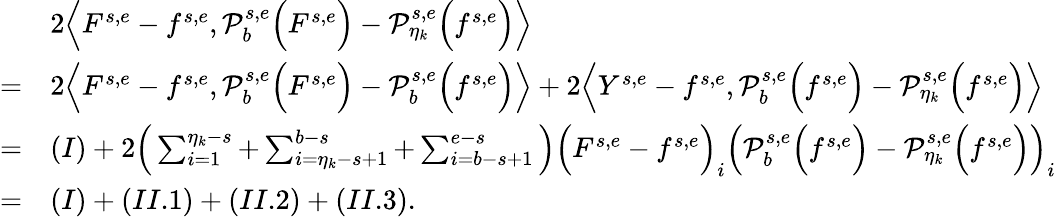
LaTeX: \begin{array}{rl}&{2\Big\langle F^{s,e}-f^{s,e},\mathcal{P}_{b}^{s,e}\Big(F^{s,e}\Big)-\mathcal{P}_{\eta_{k}}^{s,e}\Big(f^{s,e}\Big)\Big\rangle}\\ {=}&{2\Big\langle F^{s,e}-f^{s,e},\mathcal{P}_{b}^{s,e}\Big(F^{s,e}\Big)-\mathcal{P}_{b}^{s,e}\Big(f^{s,e}\Big)\Big\rangle+2\Big\langle Y^{s,e}-f^{s,e},\mathcal{P}_{b}^{s,e}\Big(f^{s,e}\Big)-\mathcal{P}_{\eta_{k}}^{s,e}\Big(f^{s,e}\Big)\Big\rangle}\\ {=}&{(I)+2\Big(\sum_{i=1}^{\eta_{k}-s}+\sum_{i=\eta_{k}-s+1}^{b-s}+\sum_{i=b-s+1}^{e-s}\Big)\Big(F^{s,e}-f^{s,e}\Big)_{i}\Big(\mathcal{P}_{b}^{s,e}\Big(f^{s,e}\Big)-\mathcal{P}_{\eta_{k}}^{s,e}\Big(f^{s,e}\Big)\Big)_{i}}\\ {=}&{(I)+(II.1)+(II.2)+(II.3).}\end{array}